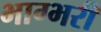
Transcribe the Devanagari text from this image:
भाग्भरी